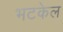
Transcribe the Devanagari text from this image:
भटकेल